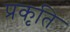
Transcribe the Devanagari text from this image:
प्रकृति